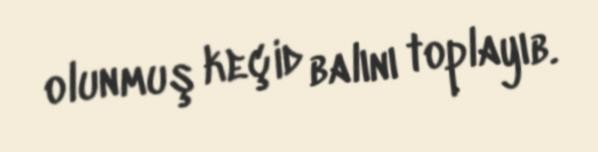
olunmuş keçid balını toplayıb.